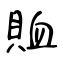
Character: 賉